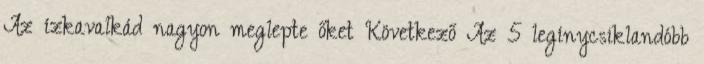
Az ízkavalkád nagyon meglepte őket Következő Az 5 legínycsiklandóbb